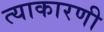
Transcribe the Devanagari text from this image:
त्याकारणी